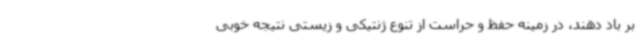
بر باد دهند، در زمینه حفظ و حراست از تنوع ژنتیکی و زیستی نتیجه خوبی